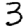
Digit: 3